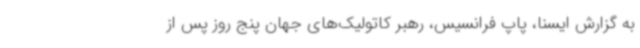
به گزارش ایسنا، پاپ فرانسیس، رهبر کاتولیک‌های جهان پنج روز پس از